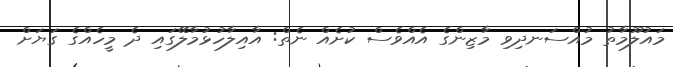
މައުލޫމާތު މުއްސަނދިވި މާޒިންގެ އެއްވެސް ކުށެއް ނެތް: އާއިލާހުޅުމާލޭގައި ދެ މީހެއްގެ ގަޔަށް